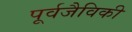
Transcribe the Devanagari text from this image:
पूर्वजैविकी